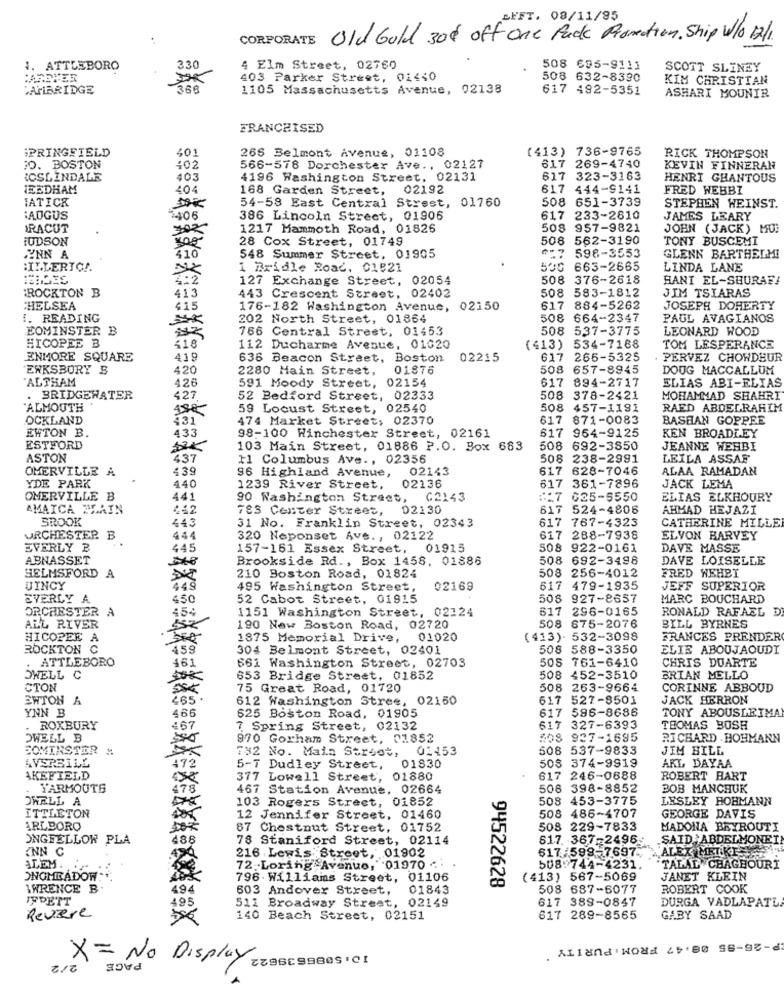
AFFT. 08/11/95
CORPORATE Old Gold 30% off one Pack Promotion. Ship W/o 12/1.
1. ATTLEBORO
330
4 Elm Street, 02760
508 695-9111
SCOTT SLINEY
403 Parker Street, 01440
508 632-8390
KIM CHRISTIAN
WATBRIDGE
366
1105 Massachusetts Avenue, 02138
617 492-5351
ASHARI MOUNIR
FRANCHISED
SPRINGFIELD
401
266 Belmont Avenue, 01108
(413) 736-9765
RICK THOMPSON
FO. BOSTON
402
566-578 Dorchester Ave ., 02127
617 269-4740
KEVIN FINNERAN
ROSLINDALE
403
4196 Washington Street, 02131
617 323-3163
HENRI GHANTOUS
IEEDHAM
404
168 Garden Street,
02192
617 444-9141
FRED WEBBI
IATICK
508 651-3739
STEPHEN WEINST.
54-58 East Central Strest, 01760
AUGUS
7406
386 Lincoln Street, 01906
617 233-2810
JAMES LEARY
IRACUT
702
1217 Mammoth Road, 01826
508 957-9821
JOHN (JACK) MO!
HUDSON
28 Cox Street, 01749
508 562-3190
TONY BUSCEMI
YNN A
410
548 Summer Street, 01905
₾-7 598-3553
GLENN BARTHELMI
:ILLERTO !.
1 Bridle Road. 01821
530 663-2665
LINDA LANE
127 Exchange Street, 02054
508 376-2618
HANI EL-SHURAFA
ROCKTON B
508 583-1812
413
443 Crescent Street, 02402
JIM TSIARAS
CHELSEA
415
176-182 Washington Avenue, 02150
617 884-5262
JOSEPH DOHERTY
1. READING
202 North Street, 01864
508 664-2347
PAUL AVAGIANOS
EOMINSTER B
766 Central Street, 01453
508 537-3775
LEONARD WOOD
HICOPEE B
418
112 Ducharme Avenue, 01020
(413) 534-7188
TOM LESPERANCE
ENMORE SQUARE
419
636 Beacon Street, Boston
02215
617 266-5325
PERVEZ CHOWDEUR
EWKSBORY B
420
2280 Main Street,
01876
508 657-8945
DOUG MACCALLUM
"ALTHAM
426
591 Moody Street, 02154
617 894-2717
ELIAS ABI-ELIAS
BRIDGEWATER
427
52 Bedford Street, 02333
508 378-2421
MOHAMMAD SHAHRI
"ALMOUTH
59 Locust Street, 02540
508 457-1191
RAED ABDELRAHIM
OCKLAND
431
474 Market Street, 02370
7 871-0083
BASHAN GOPPEE
EHTON B.
7 964-9125
433
98-100 Winchester Street, 02161
KEN BROADLEY
ESTFORD
103 Main Street, 01886 P.O. Box 683
508 692-3850
JEANNE WEHBI
ASTON
437
11 Columbus Ave ., 02356
508 238-2991
LEILA ASSAF
OMERVILLE A
439
02143
617 628-7046
ALAA RAMADAN
96 Highland Avenue,
YDE PARK
440
1239 River Street,
02136
617 361-7896
JACK LEMA
ONERVILLE B
441
90 Washington Street, G2143
17 625-5550
ELIAS ELKHOURY
AMAICA MAIN
462
783 Center Street, 02130
617 524-4806
AHMAD HEJAZI
BROOK
443
31 No. Franklin Street, 02343
617 767-4323
CATHERINE MILLE
URCHESTER B
. .
44
320 Neponset Ave. , 02122
617 288-7938
ELVON HARVEY
EVERLY B
445
157-151 Essex Street, 01915
508 922-0161
DAVE MASSE
ABNASSET
Brookside Rd ., Box 1458, 01886
508 692-3498
DAVE LOISELLE
508 256-4012
HELMSFORD A
210 Boston Road, 01824
FRED WEHBI
UINCY
449
495 Washington Street,
02169
617 479-1935
JEFF SUPERIOR
EVERLY A
450
52 Cabot Street, 01915
508 927-8657
MARC BOUCHARD
ORCHESTER A
454
1151 Washington Street, 02124
617 296-0165
RONALD RAFAEL D
ALL RIVER
190 New Boston Road, 02720
508 875-2076
BILL BYRNES
HICOPEE A
1875 Memorial Drive, 01020
(413). 532-309
FRANCES PRENDER
ROCKTON C
459
304 Belmont Street, 02401
508 588-3350
ELIE ABOUJAOUDI
ATTLEBORO
461
508 761-6410
CHRIS DUARTE
661 Washington Street, 02703
OWELL C
653 Bridge Street, 01852
508 452-3510
BRIAN MELLO
CTON
75 Great Road, 01720
508 263-9664
CORINNE ABBOUD
ERTON A
465 .
612 Washington Stree, 02150
617 527-8501
JACK HERRON
YNN B
617 596-8686
TONY ABOUSLEIMA
466
625 Boston Road, 01905
. ROXBURY
467
7 Spring Street, 02132
617 327-6393
THOMAS BOSH
DWELL B
970 Gorham Street, 01852
508 937-1695
RICHARD . HOHMANN
SOMINSTER #
782 No. Main Street, 01453
508 537-9833
JIM BILL
AVSPBILL
472
508 374-9919
ARL DAYAA
5-7 Dudley Street,
01830
AKEFIELD
377 Lowell Street, 01880
617 246-0688
ROBERT HART
TARMOUTS
478
467 Station Avenue, 02664
508 398-8852
BOB MANCHUK
OWELL A
103 Rogers Street, 01852
508 453-3775
LESLEY HOHMANN
ITTLETON
12 Jennifer Street, 01460
508 486-4707
GEORGE DAVIS
ARLBORO
87 Chestnut Street, 01752
508 229-7833
MADONA BRYROUTI
ONGFELLOW PLA
488
78 Staniford Street, 02114
617. 367-2496-
SAID ABDELMONEY
INN C
617:598-7697~
ALEX MRIKI
216 Lewis Street, 01902
ALEM. .
72 .- Loring Avenue, 01970 -
508:744-4231.
TALAL CHAGEOURI
ONGMEADOW ..
796 . Williams Street, 01106
94522628
(413) 567-5069
JANET KLEIN
IWRENCE B.
494
603 Andover Street,
01843
508 687-6077
ROBERT COOK
IFDETT
495
511 Broadway Street, 02149
617 389-0847
DURGA VADLAPATL
Reviere
140 Beach Street, 02151
617 289-8565
GABY SAAD
P-26-95 08.47 FROM, PURITY .
X = No Display.
PAGE